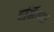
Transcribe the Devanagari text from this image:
हर्मिल्दा